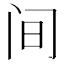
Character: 间